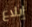
إبلاغ